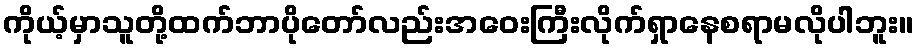
ကိုယ့်မှာသူတို့ထက်ဘာပိုတော်လည်းအဝေးကြီးလိုက်ရှာနေစရာမလိုပါဘူး။